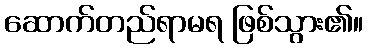
ဆောက်တည်ရာမရ ဖြစ်သွား၏။